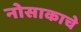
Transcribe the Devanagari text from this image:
नोसाकाचे